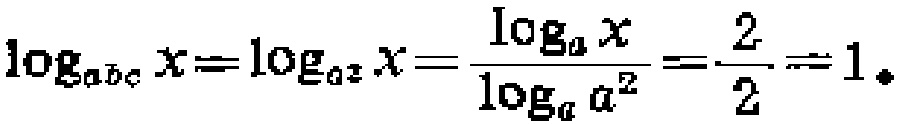
\(\log_{abc}x = \log_{a^{2}}x=\frac{\log_{a}x}{\log_{a}a^{2}}=\frac{2}{2}=1\)